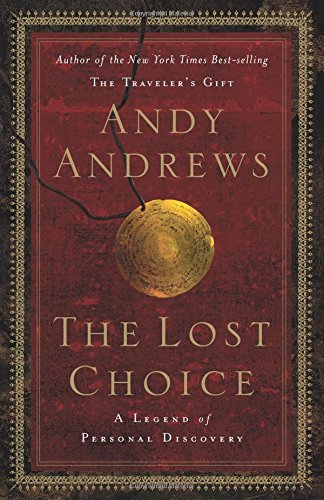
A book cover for The Lost Choice: A Legend of Personal Discovery; Andy Andrews; Christian Books & Bibles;